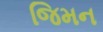
જિમન